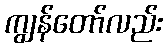
ကျွန်တော်လည်း